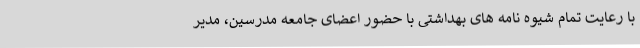
با رعایت تمام شیوه نامه های بهداشتی با حضور اعضای جامعه مدرسین، مدیر